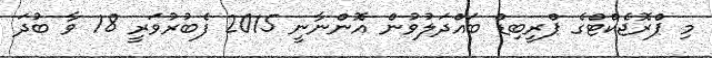
މި ޕްރޮޖެކްޓްގެ ޕްރީބިޑް ބައްދަލުވުން އޮންނާނީ 2015 ފެބުރުވަރީ 18 ވާ ބުދަ